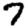
Digit: 7